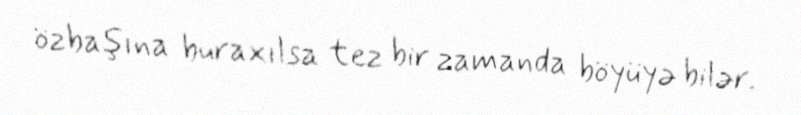
özbaşına buraxılsa tez bir zamanda böyüyə bilər.